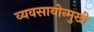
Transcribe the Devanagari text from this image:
व्यवसायोन्मुखी